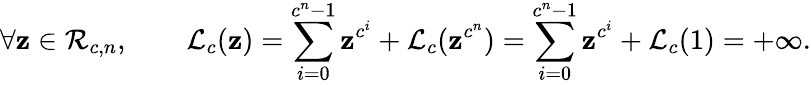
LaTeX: \forall\mathbf{z}\in{\mathcal{{R}}}_{c,n},\qquad{\mathcal{{L}}}_{c}(\mathbf{z})=\sum_{i=0}^{c^{n}-1}\mathbf{z}^{c^{i}}+{\mathcal{{L}}}_{c}(\mathbf{z}^{c^{n}})=\sum_{i=0}^{c^{n}-1}\mathbf{z}^{c^{i}}+{\mathcal{{L}}}_{c}(1)=+\infty.